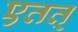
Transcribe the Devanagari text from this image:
एतत्‌